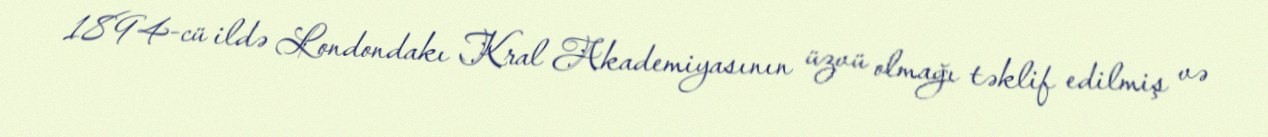
1894-cü ildə Londondakı Kral Akademiyasının üzvü olmağı təklif edilmiş və